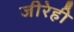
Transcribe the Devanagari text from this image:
जीरेही